NAE_EAOK_eestikeelsed_sunnimeetrikad, lk 85
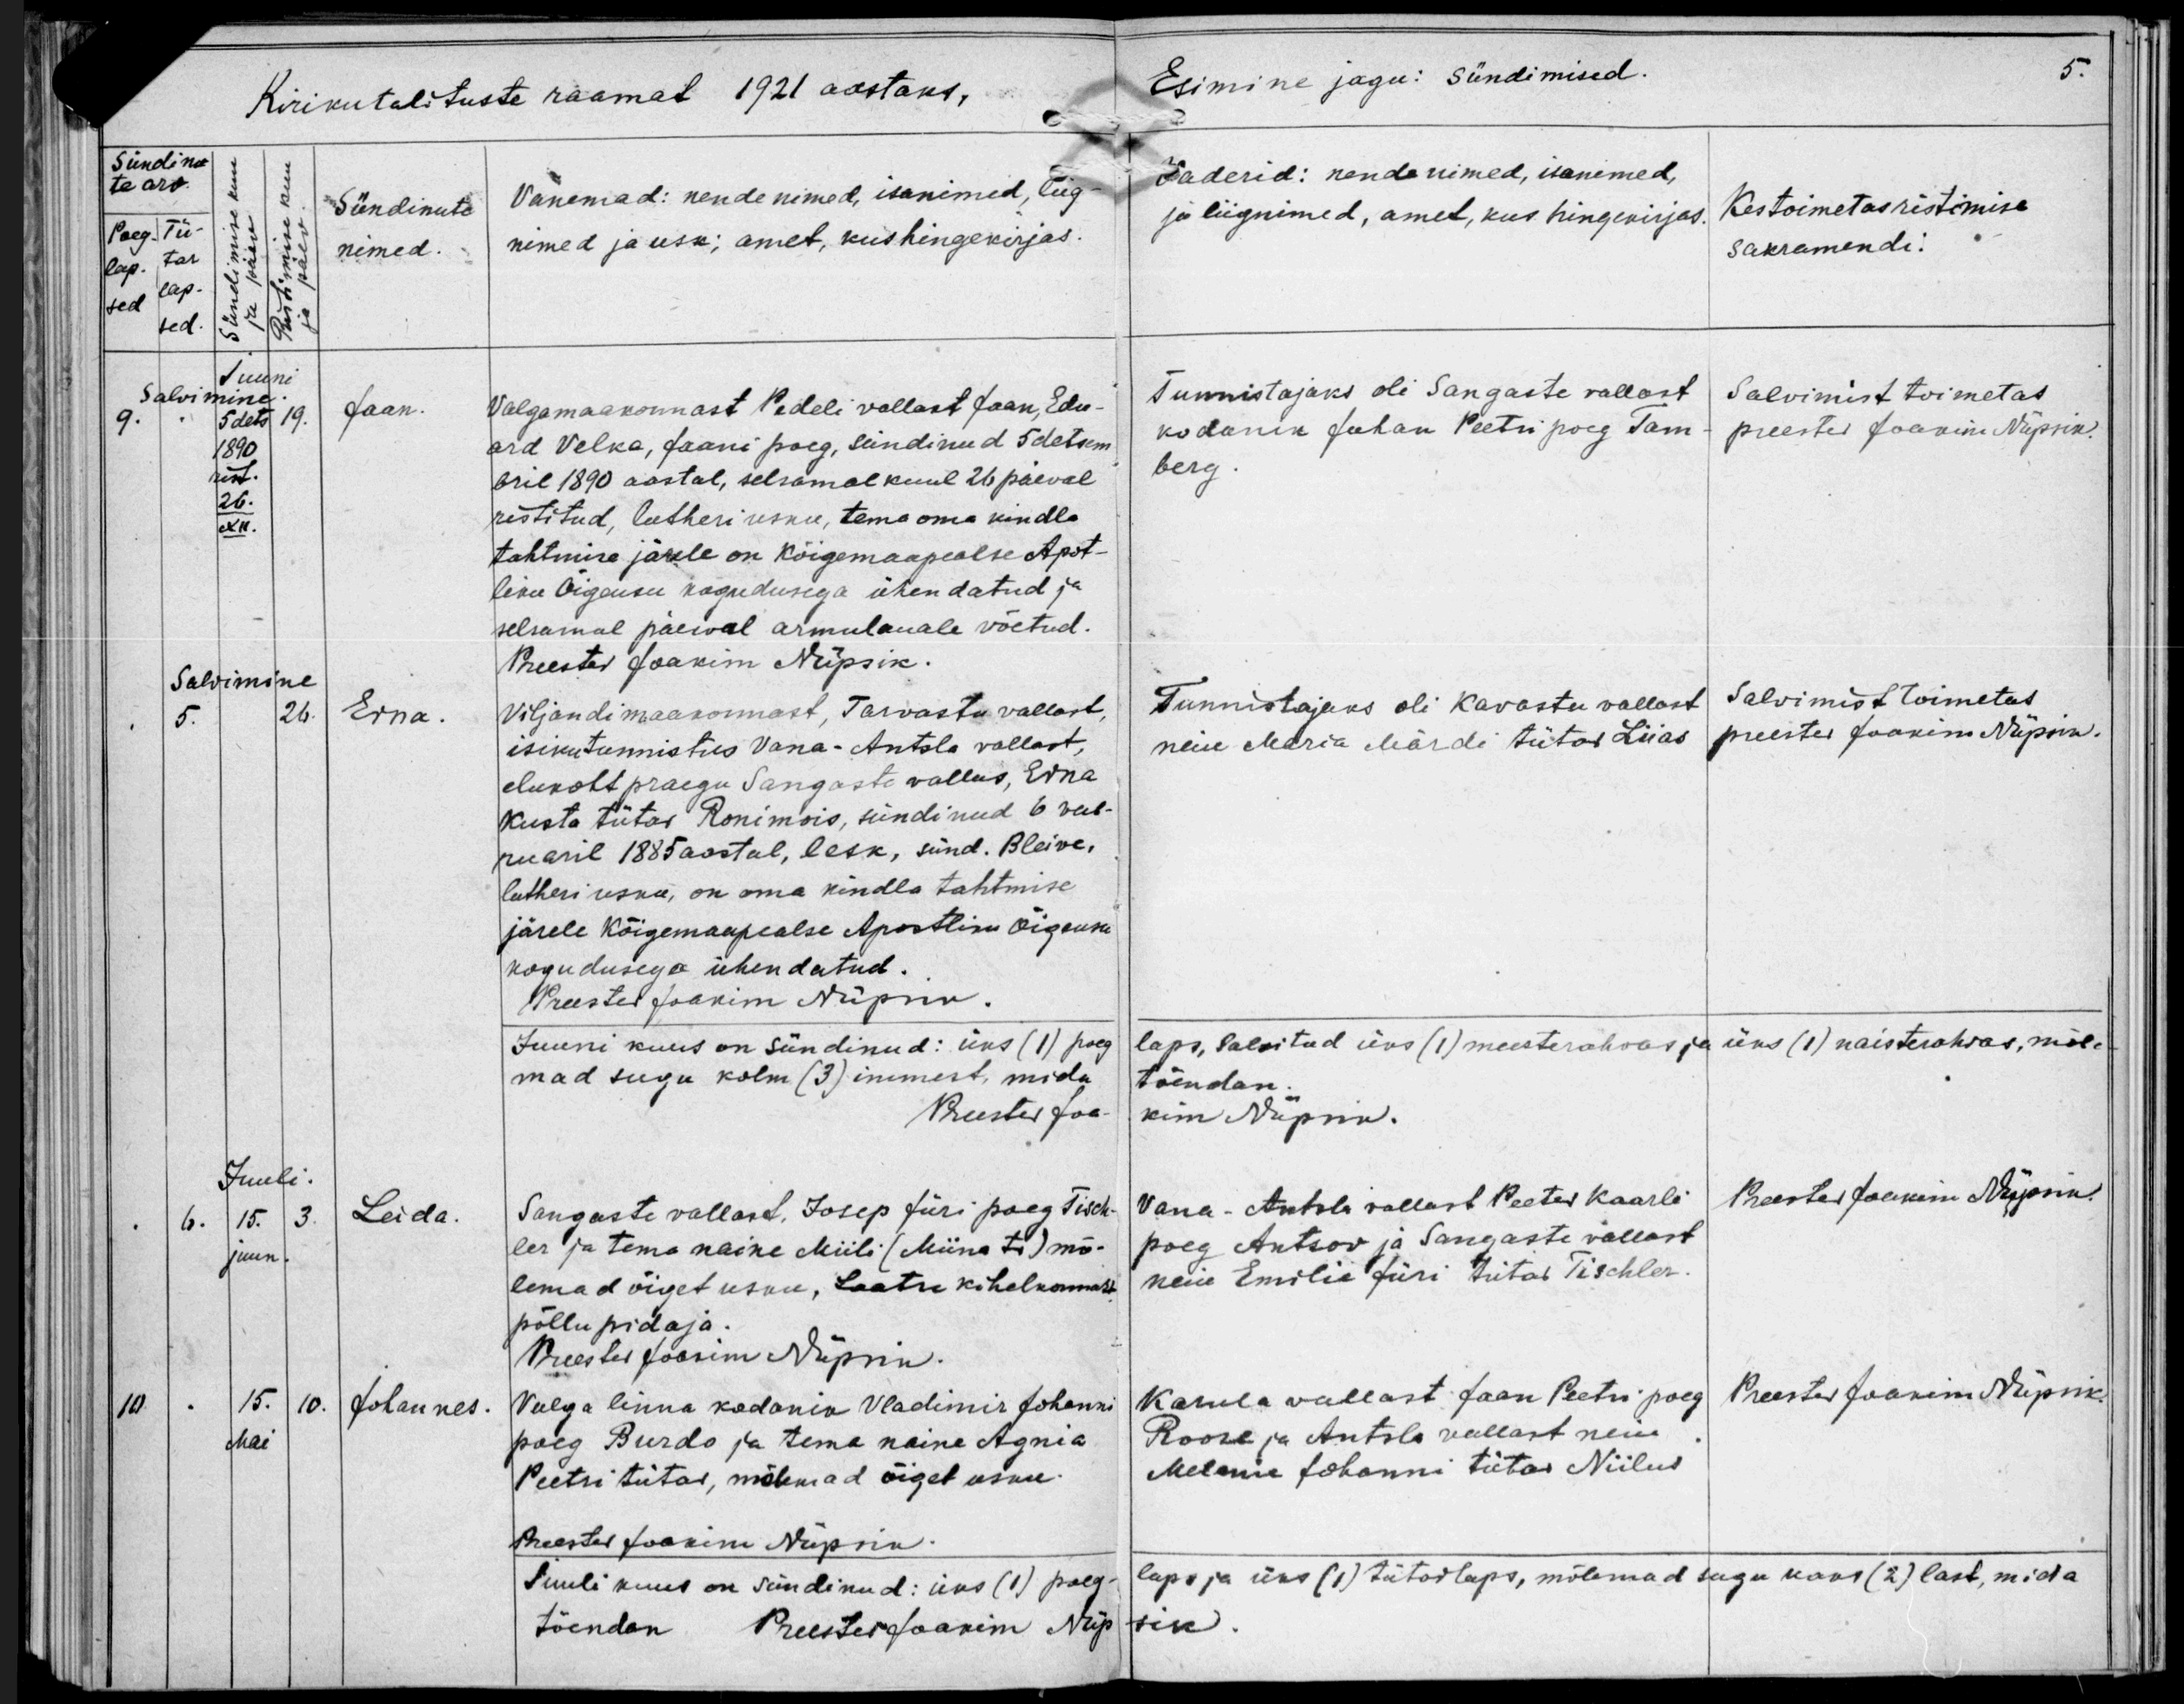
Jaan

Erna

Leida

Johannes

Valga maakonnast Pedeli vallast Jaan, Edu-
ard Velka, Jaani poeg, sündinud 5 detsem-
bril 1890 aastal, selsamal kuul 26 päeval
ristitud, lutheri usku, tema oma kindla
tahtmise järele on Kõigemaapealse Apst-
liku Õigeusu kogudusega ühendatud ja
selsamal päeval armulaual võetud.

Viljandi maakonnast, Tarvastu vallast,
isikutunnistus Vana-Antsla vallast,
elukoht praegu Sangaste vallas, Erna
Kusta tütar Ronimois, sündinud 6 veeb-
ruaril 1885 aastal, lesk, sünd. Bleive,
lutheri usku, on oma kindla tahtmise
järele Kõigemaapealse Apostliku Õigeusu
kogudusega ühendatud.

Sangaste vallast, Josep Jüri poeg Tisch-
ler ja tema naine Miili (Miina tr) mõ-
lemad õiget usku. Laatu kihelkonnast
põllupidaja.

Valga linna kodanik Vladimir Johanni
poeg Bundo ja tema naine Agnia
Peetri tütar, mõlemad õiget usku.